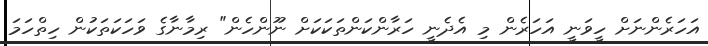
އަހަރެންނަށް ހީވަނީ އަހަރެން މި އެދެނީ ހަރާންކަންތަކަކަށް ނޫންހެން" ރިމާނާގެ ވަހަކަތަކުން ހިތްހަމަ